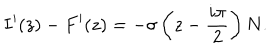
LaTeX: I ^ { \prime } ( z ) - F ^ { \prime } ( z ) = - \sigma \left( z - \frac { i \pi } { 2 } \right) N .